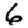
Digit: 6